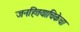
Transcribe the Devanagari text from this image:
जनहितयाचिकेचा